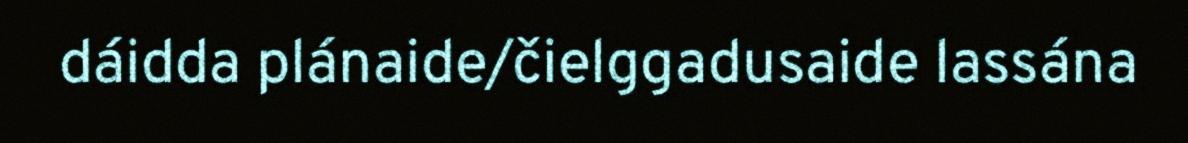
dáidda plánaide/čielggadusaide lassána